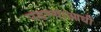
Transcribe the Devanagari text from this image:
पडण्याआधी